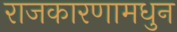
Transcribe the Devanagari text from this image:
राजकारणामधुन